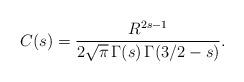
LaTeX: \begin{align*} C(s)= \frac{R^{2s-1}}{2\sqrt \pi \,\Gamma (s)\,\Gamma (3/2-s)}{.}\end{align*}